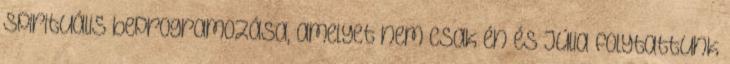
spirituális beprogramozása, amelyet nem csak én és Júlia folytattunk